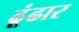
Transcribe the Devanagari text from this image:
ढूंढार